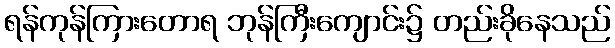
ရန်ကုန်ကြားတောရ ဘုန်ကြီးကျောင်း၌ တည်းခိုနေသည်